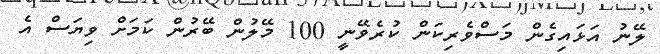
ލޭނު އަޅައިގެން މަސްވެރިކަން ކުރެވޭނީ 100 މޭލުން ބޭރުން ކަމަށް ވިޔަސް އެ